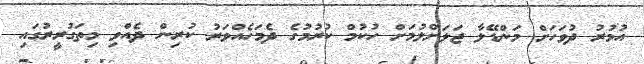
އުމުރު ދުވަހަށް މަންޑޭލާ ޖަލަށްލުމަށް ހުކުމް ކުރުމުގެ ދެމަހެއްވަރު ކުރިން ދެއްވި މިތަގުރީރުގައި